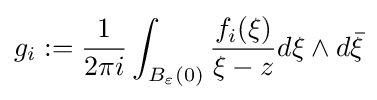
g_{i}:={\frac {1}{2\pi i}}\int _{B_{\varepsilon }(0)}{\frac {f_{i}(\xi )}{\xi -z}}d\xi \wedge d{\bar {\xi }}